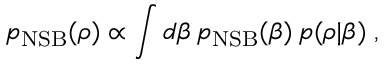
{ p } _ { \mathrm { N S B } } ( \boldsymbol { \rho } ) \propto \int d \beta \, { p } _ { \mathrm { N S B } } ( \beta ) \, { p } ( \boldsymbol { \rho } | \beta ) \; ,